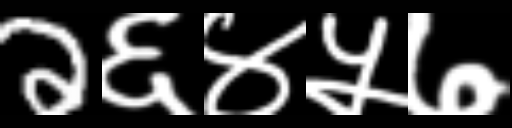
Text: 2६४५७